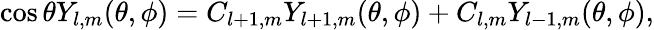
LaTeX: \cos{\theta}Y_{l,m}(\theta,\phi)=C_{l+1,m}Y_{l+1,m}(\theta,\phi)+C_{l,m}Y_{l-1,m}(\theta,\phi),